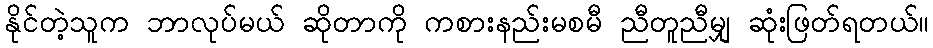
နိုင်တဲ့သူက ဘာလုပ်မယ် ဆိုတာကို ကစားနည်းမစမီ ညီတူညီမျှ ဆုံးဖြတ်ရတယ်။